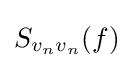
S_{v_{n}v_{n}}(f)